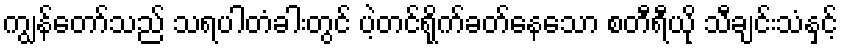
ကျွန်တော်သည် သရပါတံခါးတွင် ပဲ့တင်ရိုက်ခတ်နေသော စတီရီယို သီချင်းသံနှင့်